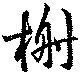
榭